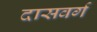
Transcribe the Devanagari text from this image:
दासवर्ग